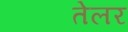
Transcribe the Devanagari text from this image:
तेलर